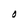
Character: O